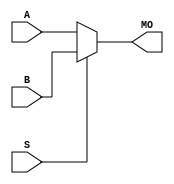
module cycloneiiils_b5mux21 (MO, A, B, S);
   input [4:0] A, B;
   input       S;
   output [4:0] MO; 
   assign MO = (S == 1) ? B : A; 
endmodule